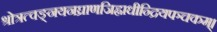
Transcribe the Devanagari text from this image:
श्रोत्रत्वङ्नयनघ्राणजिह्वाधीन्द्रियपञ्चकम्।